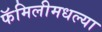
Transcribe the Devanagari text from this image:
फॅमिलीमधल्या